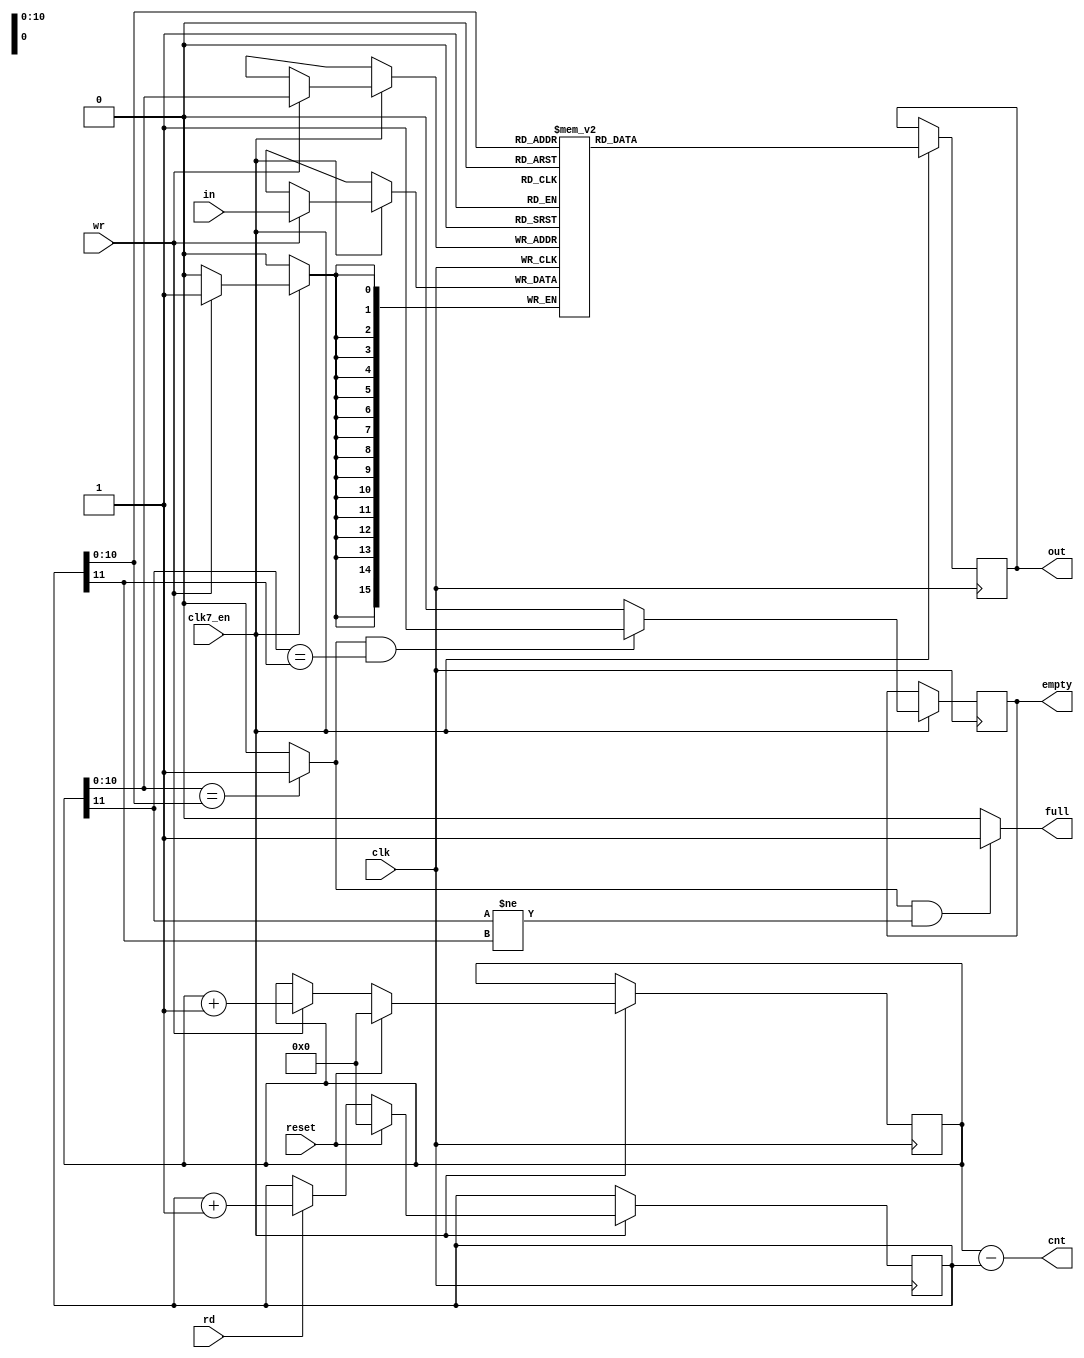
module paula_floppy_fifo
(
	input 	clk,		    	//bus clock
  input clk7_en,
	input 	reset,			   	//reset 
	input	[15:0] in,			//data in
	output	reg [15:0] out,	//data out
	input	rd,					//read from fifo
	input	wr,					//write to fifo
	output	reg empty,			//fifo is empty
	output	full,				//fifo is full
	output	[11:0] cnt       // number of entries in FIFO
);

//local signals and registers
reg 	[15:0] mem [2047:0];	// 2048 words by 16 bit wide fifo memory (for 2 MFM-encoded sectors)
reg		[11:0] in_ptr;			//fifo input pointer
reg		[11:0] out_ptr;			//fifo output pointer
wire	equal;					//lower 11 bits of in_ptr and out_ptr are equal


// count of FIFO entries
assign cnt = in_ptr - out_ptr;

//main fifo memory (implemented using synchronous block ram)
always @(posedge clk) begin
  if (clk7_en) begin
  	if (wr)
  		mem[in_ptr[10:0]] <= in;
  end
end

always @(posedge clk) begin
  if (clk7_en) begin
  	out=mem[out_ptr[10:0]];
  end
end

//fifo write pointer control
always @(posedge clk) begin
  if (clk7_en) begin
  	if (reset)
  		in_ptr[11:0] <= 0;
  	else if(wr)
  		in_ptr[11:0] <= in_ptr[11:0] + 12'd1;
  end
end

// fifo read pointer control
always @(posedge clk) begin
  if (clk7_en) begin
  	if (reset)
  		out_ptr[11:0] <= 0;
  	else if (rd)
  		out_ptr[11:0] <= out_ptr[11:0] + 12'd1;
  end
end

// check lower 11 bits of pointer to generate equal signal
assign equal = (in_ptr[10:0]==out_ptr[10:0]) ? 1'b1 : 1'b0;

// assign output flags, empty is delayed by one clock to handle ram delay
always @(posedge clk) begin
  if (clk7_en) begin
  	if (equal && (in_ptr[11]==out_ptr[11]))
  		empty <= 1'b1;
  	else
  		empty <= 1'b0;
  end
end
		
assign full = (equal && (in_ptr[11]!=out_ptr[11])) ? 1'b1 : 1'b0;	


endmodule